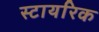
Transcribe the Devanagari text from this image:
स्टायरिक